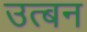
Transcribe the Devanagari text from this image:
उत्बन